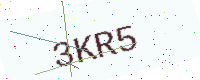
Text: 3KR5